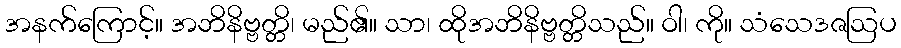
အနက်ကြောင့်။ အဘိနိဗ္ဗတ္တိ၊ မည်၏။ သာ၊ ထိုအဘိနိဗ္ဗတ္တိသည်။ ဝါ၊ ကို။ သံသေဒဇဩပ